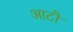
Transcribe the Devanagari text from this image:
आटौ